Annual report on the working of the lock hospitals in the Central Provinces
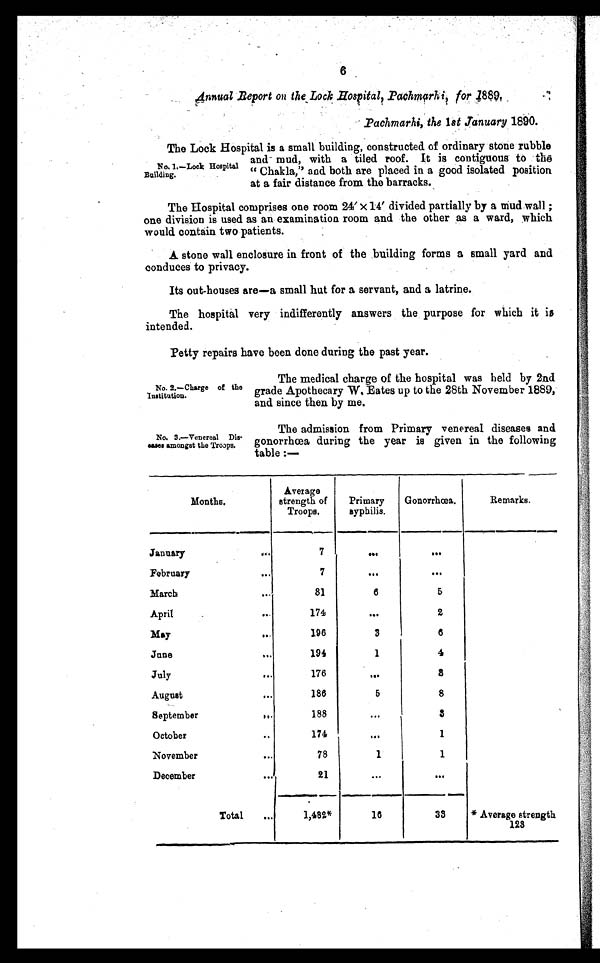
6
18
8 9
.
1
s t J a n u a r y
1 8 9 0 .
The Lock Hospital is a small building, constructed of ordinary stone rubble
and mud, with a tiled roof. It is contiguous to the
" Chakla," and both are placed in a good isolated position
at a fair distance from the barracks.
The Hospital comprises one room 24´ x 14´ divided partially by a mud wall ;
one division is used as an examination room and the other as a ward, which
would contain two patients.
A stone wall enclosure in front of the building forms a small yard and
conduces to privacy.
Its out-houses are—a small hut for a servant, and a latrine.
The hospital very indifferently answers the purpose for which it is
intended.
Petty repairs have been done during the past year.
No, 1.—Lock Hospital
Building.
No. 2.—Charge of the
Institution.
No. 3.—Venereal Dis-
eases amongst the Troops.
The medical charge of the hospital was held by 2nd
grade Apothecary W, Eates up to the 28th November 1889,
and since then by me.
The admission from Primary venereal diseases and
gonorrhœa during the year is given in the following
table :—
Months.
Average
strength of
Troops.
Primary
syphilis.
Gonorrhœa.
Remarks .
January
...
7
...
...
February
...
7
. . .
. . .
March
...
81
6
5
April
...
174
. . .
2
May
...
196
3
6
June
...
194
1
4
July
...
176
...
3
August
...
186
5
8
September
...
188
...
3
October
..
174
. . .
1
November
...
78
1
1
December
...
21
. . .
...
Total
...
1,482*
16
33
* Average strength
123